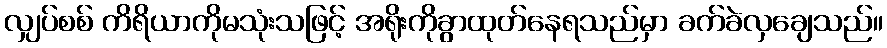
လျှပ်စစ် ကိရိယာကိုမသုံးသဖြင့် အရိုးကိုခွာထုတ်နေရသည်မှာ ခက်ခဲလှချေသည်။